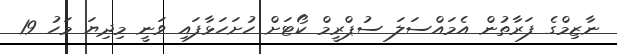
ނާޒިމްގެ ފަރާތުން އެމައްސަލަ ސުޕްރީމް ކޯޓަށް ހުށަހަޅާފައި ވަނީ މިދިޔަ މަހު 19